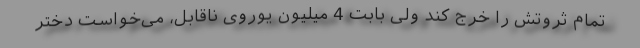
تمام ثروتش را خرج کند ولی بابت 4 میلیون یوروی ناقابل، می‌خواست دختر